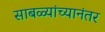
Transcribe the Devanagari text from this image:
साबळ्यांच्यानंतर